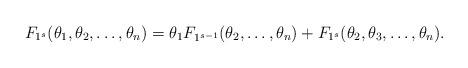
LaTeX: \begin{align*}F_{1^s}(\theta_1,\theta_2 ,\ldots,\theta_n)= \theta_1 F_{1^{s-1}}(\theta_2 ,\ldots,\theta_n) + F_{1^s}(\theta_2,\theta_3 ,\ldots,\theta_n).\end{align*}